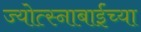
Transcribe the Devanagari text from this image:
ज्योत्स्नाबाईंच्या